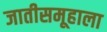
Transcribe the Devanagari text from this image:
जातीसमूहाला